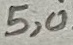
Text: 5,0